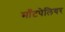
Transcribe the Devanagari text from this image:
माँटपेलियर